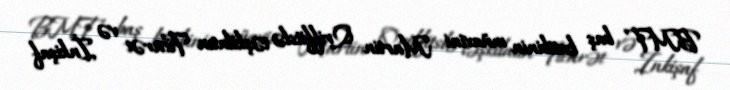
BMT baş katibinin müavini Martin Qriffitslə təşkilatın Ticarət və İnkişaf